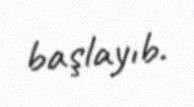
başlayıb.